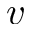
v